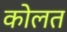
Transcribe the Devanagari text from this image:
कोलत